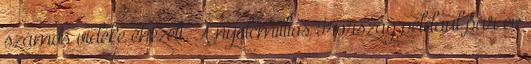
számos vidéke éhezett. A nyolcmilliós Írország például pár év